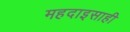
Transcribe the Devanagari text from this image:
महदाइसाही